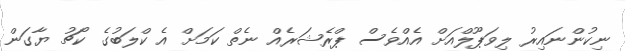
ނިކުންނައިރު ލިވަޕޫލްއަށް އެއްވެސް ޕްރެޝަރެއް ނެތް ކަމަށް އެ ކްލަބުގެ ކޯޗު ޔާގަން